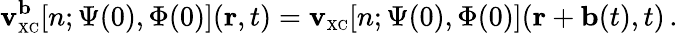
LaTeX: \mathbf{v}_{\scriptscriptstyle\mathrm{{XC}}}^{\mathbf{b}}[n;\Psi(0),\Phi(0)]({\mathbf{r}},t)=\mathbf{v}_{\scriptscriptstyle\mathrm{{XC}}}[n;\Psi(0),\Phi(0)]({\mathbf{r}}+{\mathbf{b}}(t),t)\, .